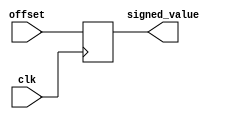

module sign_extend(clk, offset, signed_value);

input clk;
input [15:0]offset;

output reg [15:0]signed_value; 

always@(posedge clk) begin
	signed_value = {offset[15], offset[15], offset[15], offset[15], offset[15:0]};
	
end

endmodule